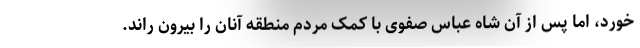
خورد، اما پس از آن شاه عباس صفوی با کمک مردم منطقه آنان را بیرون راند.